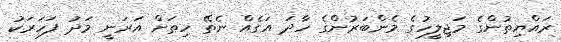
ރައްޔިތުންގެ މަޖިލީހުގެ މެންބަރުންގެ ހާދަ އަގެއް ނެތޭ ހިތަށް އަރަނީ މަދު ފަހަރަކު